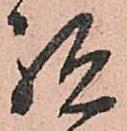
祝